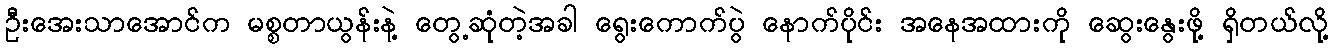
ဦးအေးသာအောင်က မစ္စတာယွန်းနဲ့ တွေ့ဆုံတဲ့အခါ ရွေးကောက်ပွဲ နောက်ပိုင်း အနေအထားကို ဆွေးနွေးဖို့ ရှိတယ်လို့